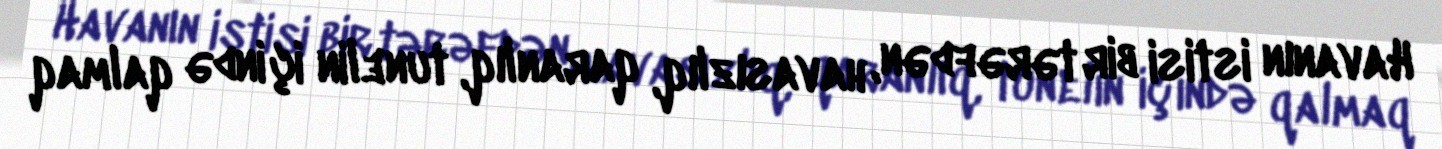
Havanın istisi bir tərəfdən, havasızlıq, qaranlıq, tunelin içində qalmaq